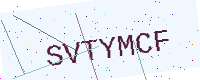
Text: SVTYMCF